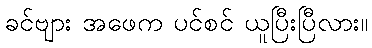
ခင်ဗျား အဖေက ပင်စင် ယူပြီးပြီလား။